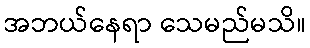
အဘယ်နေရာ သေမည်မသိ။